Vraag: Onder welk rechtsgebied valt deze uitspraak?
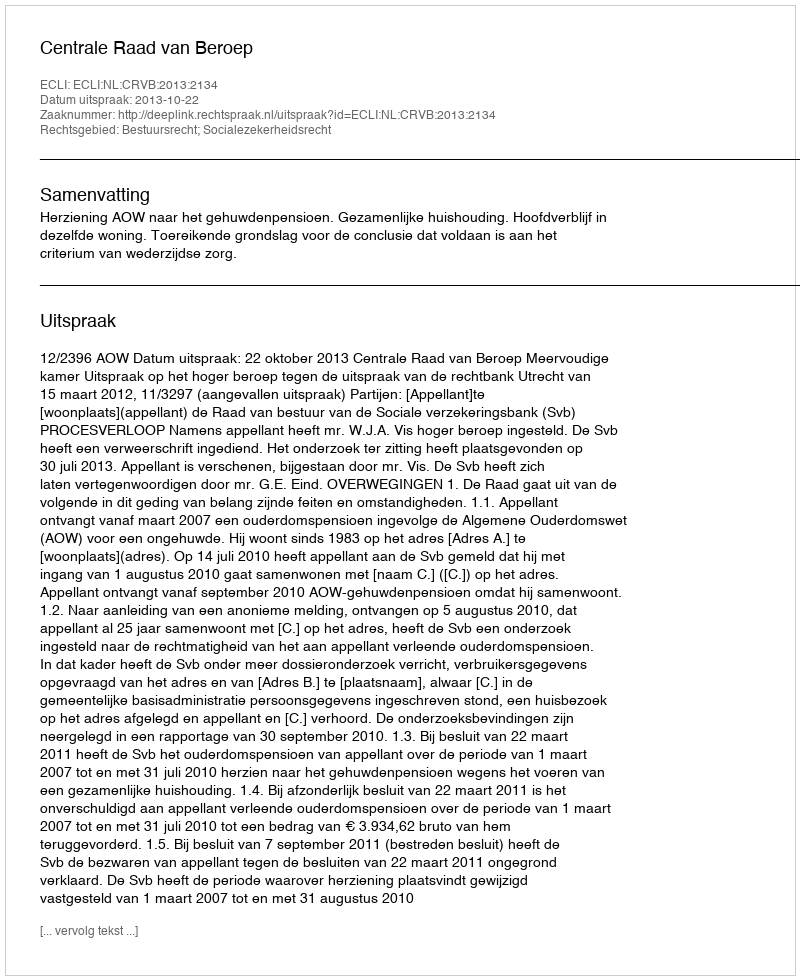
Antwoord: Bestuursrecht; Socialezekerheidsrecht